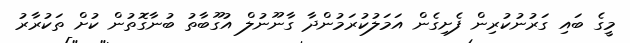
މީގެ ބައި ގަރުނުކުރިން ފެށިގެން އަމަލުކުރަމުންދާ ގާނޫނުލް އުގޫބާތު ބުނާގޮތުން ކުށް ތަކުރާރު